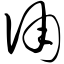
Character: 俑